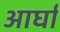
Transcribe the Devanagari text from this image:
आर्घा